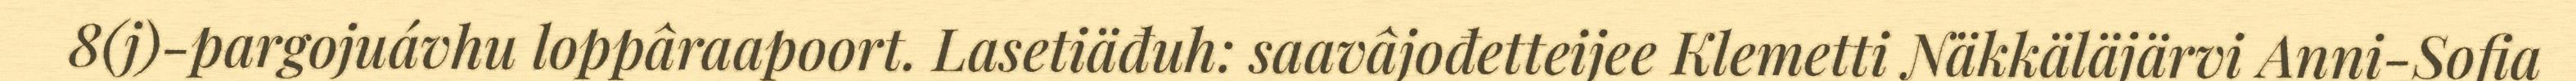
8(j)-pargojuávhu loppâraapoort. Lasetiäđuh: saavâjođetteijee Klemetti Näkkäläjärvi Anni-Sofia